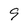
Character: 9